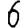
Digit: 6